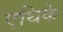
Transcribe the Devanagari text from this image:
एथिके